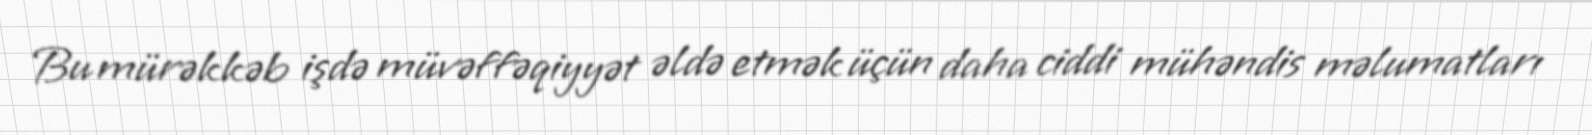
Bu mürəkkəb işdə müvəffəqiyyət əldə etmək üçün daha ciddi mühəndis məlumatları